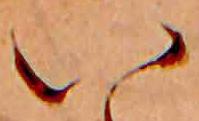
い